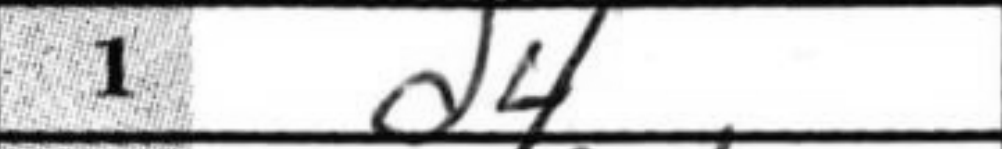
Transcription: d4